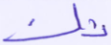
تك